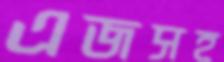
এজসহ